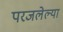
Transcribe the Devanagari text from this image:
परजलेल्या